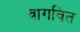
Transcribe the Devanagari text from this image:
वागवित